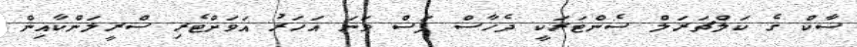
ސާކް ގެ ކަލްޗަރަލް ސެންޓަރަކީ ދެހާސް ފަސް ވަނަ އަހަރު އަވަށްޓެރި ސްރީލަންކާއިން